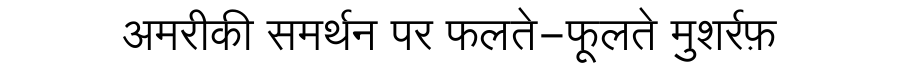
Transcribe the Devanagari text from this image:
अमरीकी समर्थन पर फलते-फूलते मुशर्रफ़